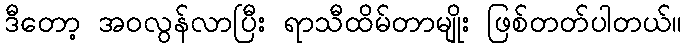
ဒီတော့ အဝလွန်လာပြီး ရာသီထိမ်တာမျိုး ဖြစ်တတ်ပါတယ်။